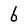
Character: b